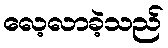
လေ့လာခဲ့သည်